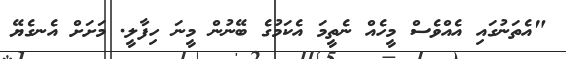
"އެތަނުގައި އެއްވެސް މީހެއް ނެތީމަ އެކަމުގެ ބޭނުން މީނަ ހިފާލީ. މަށަށް އެނގެޔޭ